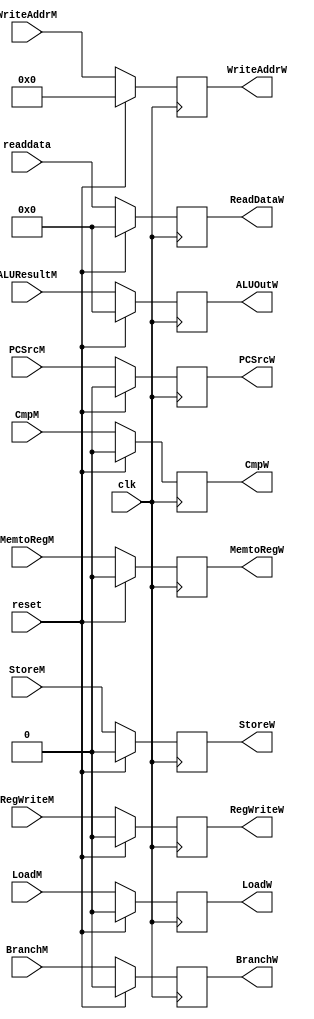
module MEMWB_Register(
	input clk,
	input reset,
	input RegWriteM,
	input MemtoRegM,
	input[31:0] readdata,
	input[31:0] ALUResultM,
	input[3:0] WriteAddrM,
	input StoreM,
	input CmpM,
	input PCSrcM,
	input BranchM,
	input LoadM,
	output reg LoadW,
	output reg BranchW,
	output reg PCSrcW,
	output reg CmpW,
	output reg StoreW,
	output reg RegWriteW,
	output reg MemtoRegW,
	output reg[31:0] ReadDataW,
	output reg[31:0] ALUOutW,
	output reg[3:0] WriteAddrW);
	

	always @ (negedge clk)
	begin
	if (reset)
	begin
		RegWriteW <= 1'b0;
		MemtoRegW <= 1'b0;
		ReadDataW <= 'h00000000;
		ALUOutW <= 'h00000000;
		WriteAddrW <= 4'b0000;
		StoreW <= 1'b0;
		CmpW <= 1'b0;
		PCSrcW <= 1'b0;
		BranchW <= 1'b0;
		LoadW <= 1'b0;
	end
	else
	begin
		RegWriteW <= RegWriteM;
		MemtoRegW <= MemtoRegM;
		ReadDataW <= readdata;
		ALUOutW <= ALUResultM;
		WriteAddrW <= WriteAddrM;
		StoreW <= StoreM;
		CmpW <= CmpM;
		PCSrcW <= PCSrcM;
		BranchW <= BranchM;
		LoadW <= LoadM;
	end
	end

endmodule